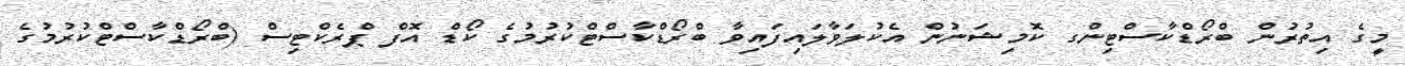
މީގެ އިތުރުން ބްރޯޑްކާސްޓިންގ ކޮމިޝަނުން އެކުލަވާލައިފައިވާ ބްރޯޑްކާސްޓްކުރުމުގެ ކޯޑް އޮފް ޕްރެކްޓިސް (ބްރޯޑްކާސްޓްކުރުމުގެ